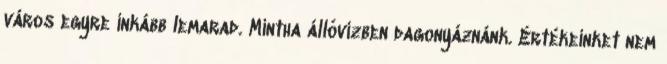
város egyre inkább lemarad. Mintha állóvízben dagonyáznánk. Értékeinket nem